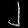
Digit: ၂